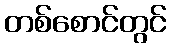
တစ်စောင်တွင်